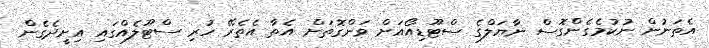
އެތަނުން ނުކުމެގެންގޮސް ނާޔަލްގެ ސްޓޫޑިއޯއަށް ވަންގޮތަށް އެތާ އެތެރޭ ހުރި ސްޓޫލެއްގައި އިށީދެގެން